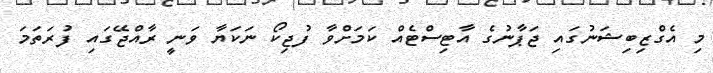
މި އެގްޒިބިޝަނުގައި ޖަޕާނުގެ އާޓިސްޓެއް ކަމަށްވާ ފުޖިކޯ ނަކަޔާ ވަނީ ރާއްޖޭގައި ފުރަތަމަ